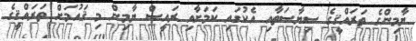
ޔާމިންގެ ތަރައްޤީގެ ސިޔާސަތާއި އެކުގައި ކަމަށާއި ރައީސް ޔާމިން މި ޤައުމަށް ތަރައްޤީގެ